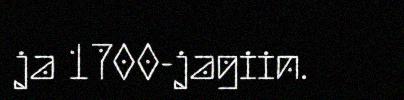
ja 1700-jagiin.